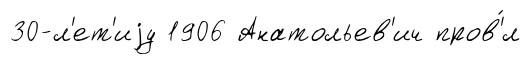
30-л'ет'иjу 1906 Анатольев'ич пров'́л